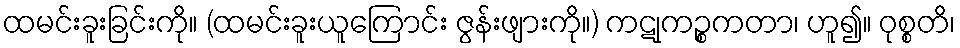
ထမင်းခူးခြင်းကို။ (ထမင်းခူးယူကြောင်း ဇွန်းဖျားကို။) ကဋုကဉ္စကတာ၊ ဟူ၍။ ဝုစ္စတိ၊